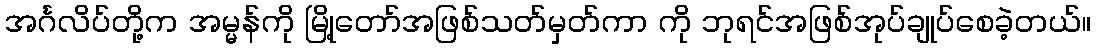
အင်္ဂလိပ်တို့က အမ္မန်ကို မြို့တော်အဖြစ်သတ်မှတ်ကာ ကို ဘုရင်အဖြစ်အုပ်ချုပ်စေခဲ့တယ်။